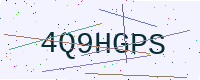
Text: 4Q9HGPS